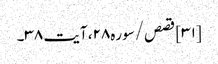
[۳۱] قصص/سوره۲۸، آیت ۳۸۔